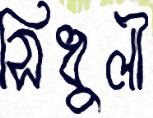
সিধুলী